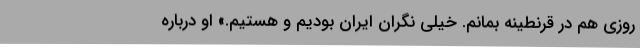
روزی هم در قرنطینه بمانم. خیلی نگران ایران بودیم و هستیم.» او درباره